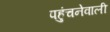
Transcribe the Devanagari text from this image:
पहुंचनेवाली